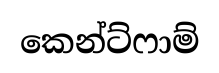
කෙන්ට්ෆාම්